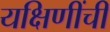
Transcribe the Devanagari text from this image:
यक्षिणींची